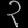
Digit: ၃